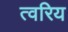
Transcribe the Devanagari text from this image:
त्वरिय